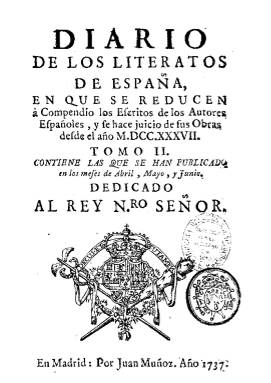
Título: Diario de los literatos de España
Colección: Literatura
Ámbito geográfico: Madrid
Lugar de publicación: Madrid
Fechas: 01/01/1737-30/09/1738

Considerado el primer periódico importante de España, dejando aparte la Gaceta de Madrid, se ocupó de dar información del movimiento cultural europeo, extractando libros de las más diversas materias, así como sobre todo de las obras de autores españoles, sirviendo de marco al inicio de la polémica entre el nuevo gusto neoclásico del siglo XVIII contra el barroquismo del siglo anterior.

  Siguiendo el modelo del parisino Journal de Savants, la publicación, de periodicidad trimestral, se proponía elevar el nivel literario de los escritores españoles y dar a conocer sus obras científicas, filosóficas y literarias, aunque de éstas últimas propiamente dichas se ocupó en menor proporción. Hay que tener presente que entonces lo literario incluía todo tipo de producciones: científicas, históricas, filosóficas, teológicas, etc.

  Tres sacerdotes académicos de la Historia son los fundadores de este periódico: Juan Martínez Salafranca, Leopoldo Gerónimo Puig y Francisco Javier de la Huerta. El primero de ellos ya había editado el año anterior Memorias eruditas, en las que daba información bibliográfica de periódicos franceses.

  La gestación del Diario de los Literatos de España nació en la Academia de la Historia y su protector oculto fue el bibliotecario real Blas Antonio de Nasarre, ya que en la Biblioteca Real tenían su sede tanto la Academia como el periódico. El primer número, dedicado a Felipe V, contiene este resumen de sus propósitos: ‘Contendrá este diario los extractos de los libros de España que van saliendo al público de tres en tres meses, y por quanto no todos los trimestres avrá libros suficientes para llenar un volumen como éste, se irán entremetiendo extractos por su orden de los que salieron desde el principio del Reynado de nuestro Monarca PHILIPO V. ( que Dios guarde) y concluidos estos, se pondrán en su lugar extractos de los mejores libros extrangeros; pero en todo tiempo se pondrán las noticias literarias de todos los reynos literatos: para cuyo efecto ay correspondencia establecida con personas sabias y poderosas, que facilitará la comunicación y la puntualidad’.

  No ocultaban tampoco sus autores su propósito de combatir lo que calificaban como defectos nacionales, en los que incluían el espíritu caballeresco, las obras de pura diversión y las costumbres amatorias aprendidas de la literatura novelesca de siglos anteriores.

  En el segundo número se puede leer la crítica de los ‘Orígenes de la Lengua española’, obra de Gregorio Mayans, primer biógrafo de Cervantes. Mayans protagonizó precisamente más adelante en este periódico una polémica importante al defender el Quijote de Cervantes contra el apócrifo de Avellaneda, cuya pretendida superioridad era defendida por Nasarre y Salafranca, los fundadores de la publicación.

  En el tomo IV, se publicó una amplia recensión de la Poética de Ignacio Luzán, libro de actualidad que marcaba un punto de inflexión en las corrientes literarias de la época. Se produce aquí la primera batalla entre el nuevo gusto neoclásico y el tradicional. Aunque el periódico censura la rigidez de las tres unidades para el teatro propuestas por Luzán, está de acuerdo con la nueva orientación poética que servirá para desterrar los abusos anteriores.

   La BNE sólo tiene los tomos correspondientes al año 1737 y los de1738, salvo el del último trimestre, del Diario de los Literatos de España que, no obstante, se prolongó hasta el año 1742.

 Un estudio de esta importante publicación, así como de otras de la misma época, puede hallarse en el libro de Francisco Aguilar Piñal: La Prensa española en el siglo XVIII. Diarios, revistas y pronósticos (Madrid. CSIC, 1978).

[Descripción publicada el 17/08/2022]